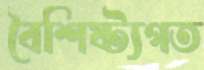
বৈশিষ্ট্যগত